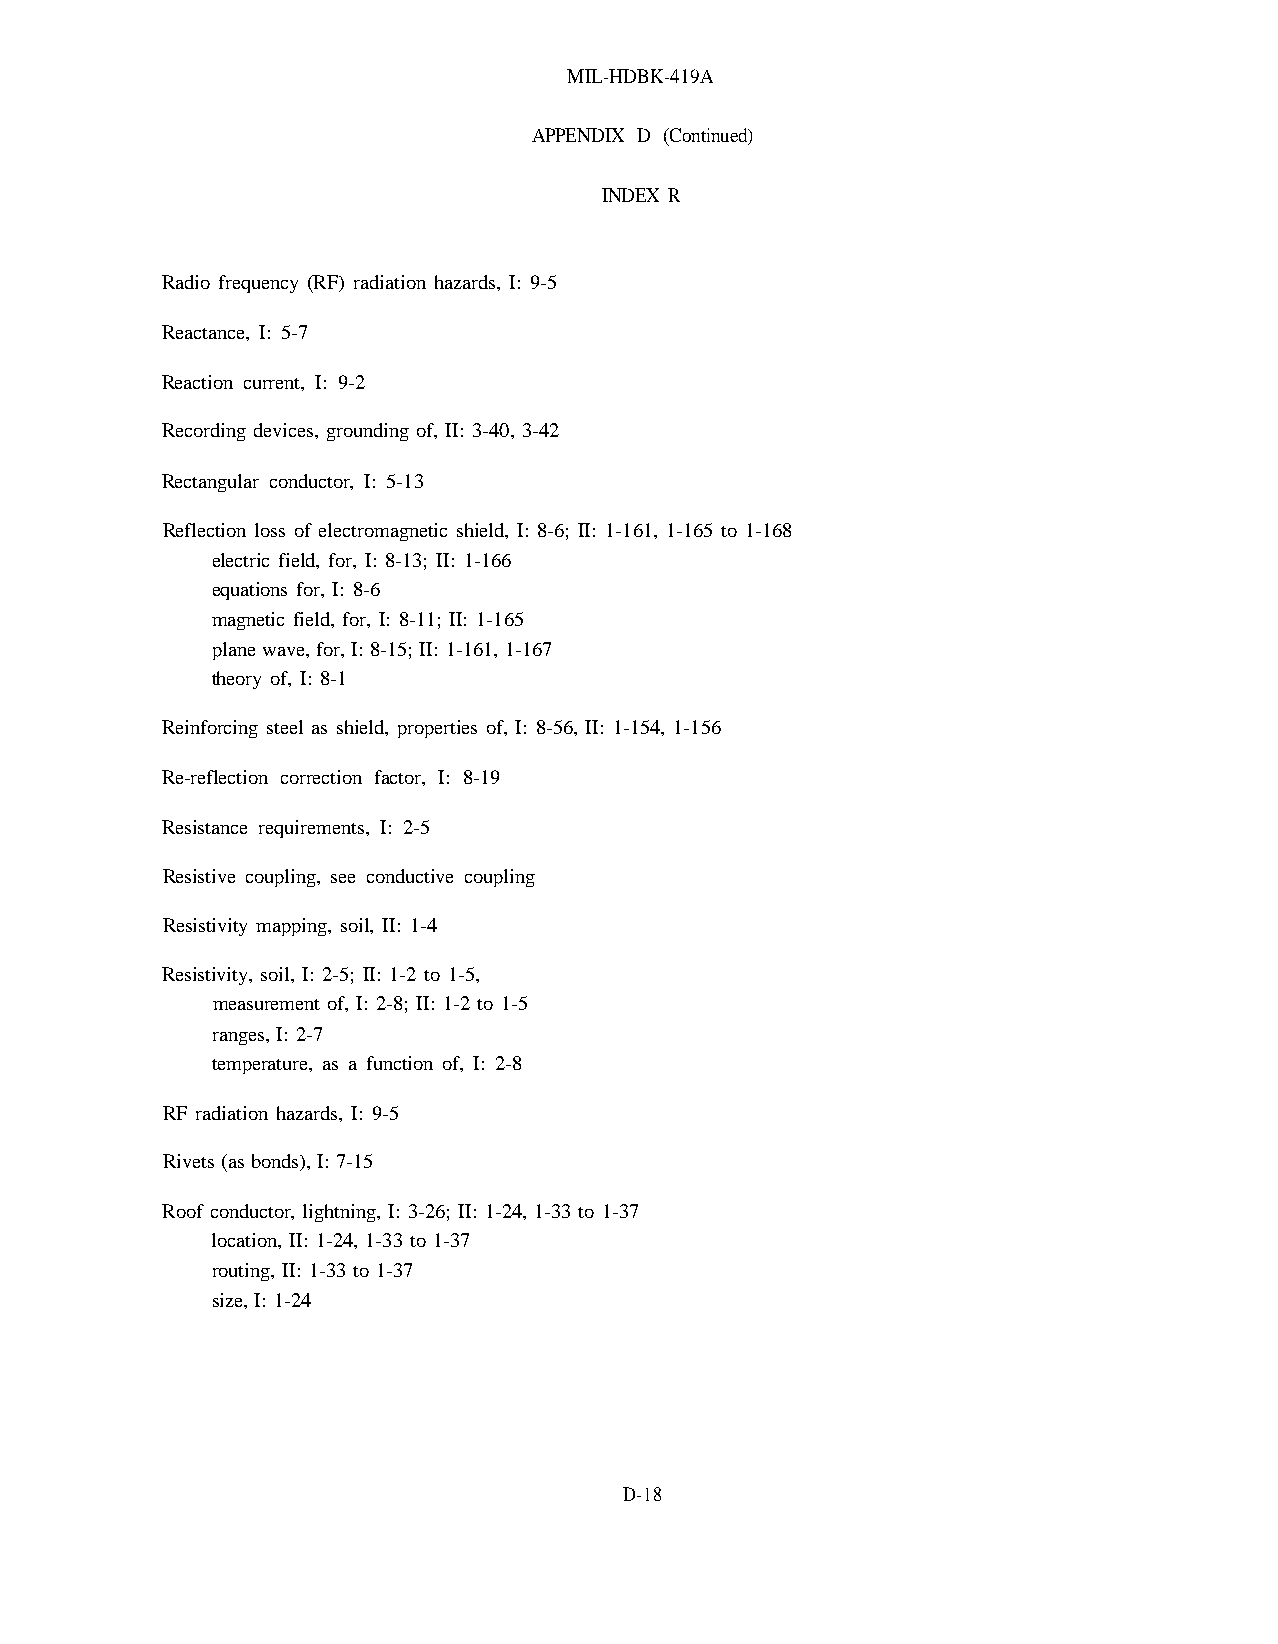
MIL-HDBK-419A
 APPENDIX D (Continued)
 INDEX R
 Radio frequency (RF) radiation hazards, I: 9-5
 Reactance, I: 5-7
 Reaction current, I: 9-2
 Recording devices, grounding of, II: 3-40, 3-42
 Rectangular conductor, I: 5-13
 Reflection loss of electromagnetic shield, I: 8-6; II: 1-161, 1-165 to 1-168
 electric field, for, I: 8-13; II: 1-166
 equations for, I: 8-6
 magnetic field, for, I: 8-11; II: 1-165
 plane wave, for, I: 8-15; II: 1-161, 1-167
 theory of, I: 8-1
 Reinforcing steel as shield, properties of, I: 8-56, II: 1-154, 1-156
 Re-reflection correction factor, I: 8-19
 Resistance requirements, I: 2-5
 Resistive coupling, see conductive coupling
 Resistivity mapping, soil, II: 1-4
 Resistivity, soil, I: 2-5; II: 1-2 to 1-5,
 measurement of, I: 2-8; II: 1-2 to 1-5
 ranges, I: 2-7
 temperature, as a function of, I: 2-8
 RF radiation hazards, I: 9-5
 Rivets (as bonds), I: 7-15
 Roof conductor, lightning, I: 3-26; II: 1-24, 1-33 to 1-37
 location, II: 1-24, 1-33 to 1-37
 routing, II: 1-33 to 1-37
 size, I: 1-24
 D-18